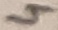
Text: 4